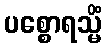
ပစ္စောရသ္မိံ